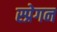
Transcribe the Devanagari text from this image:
स्प्रेगन